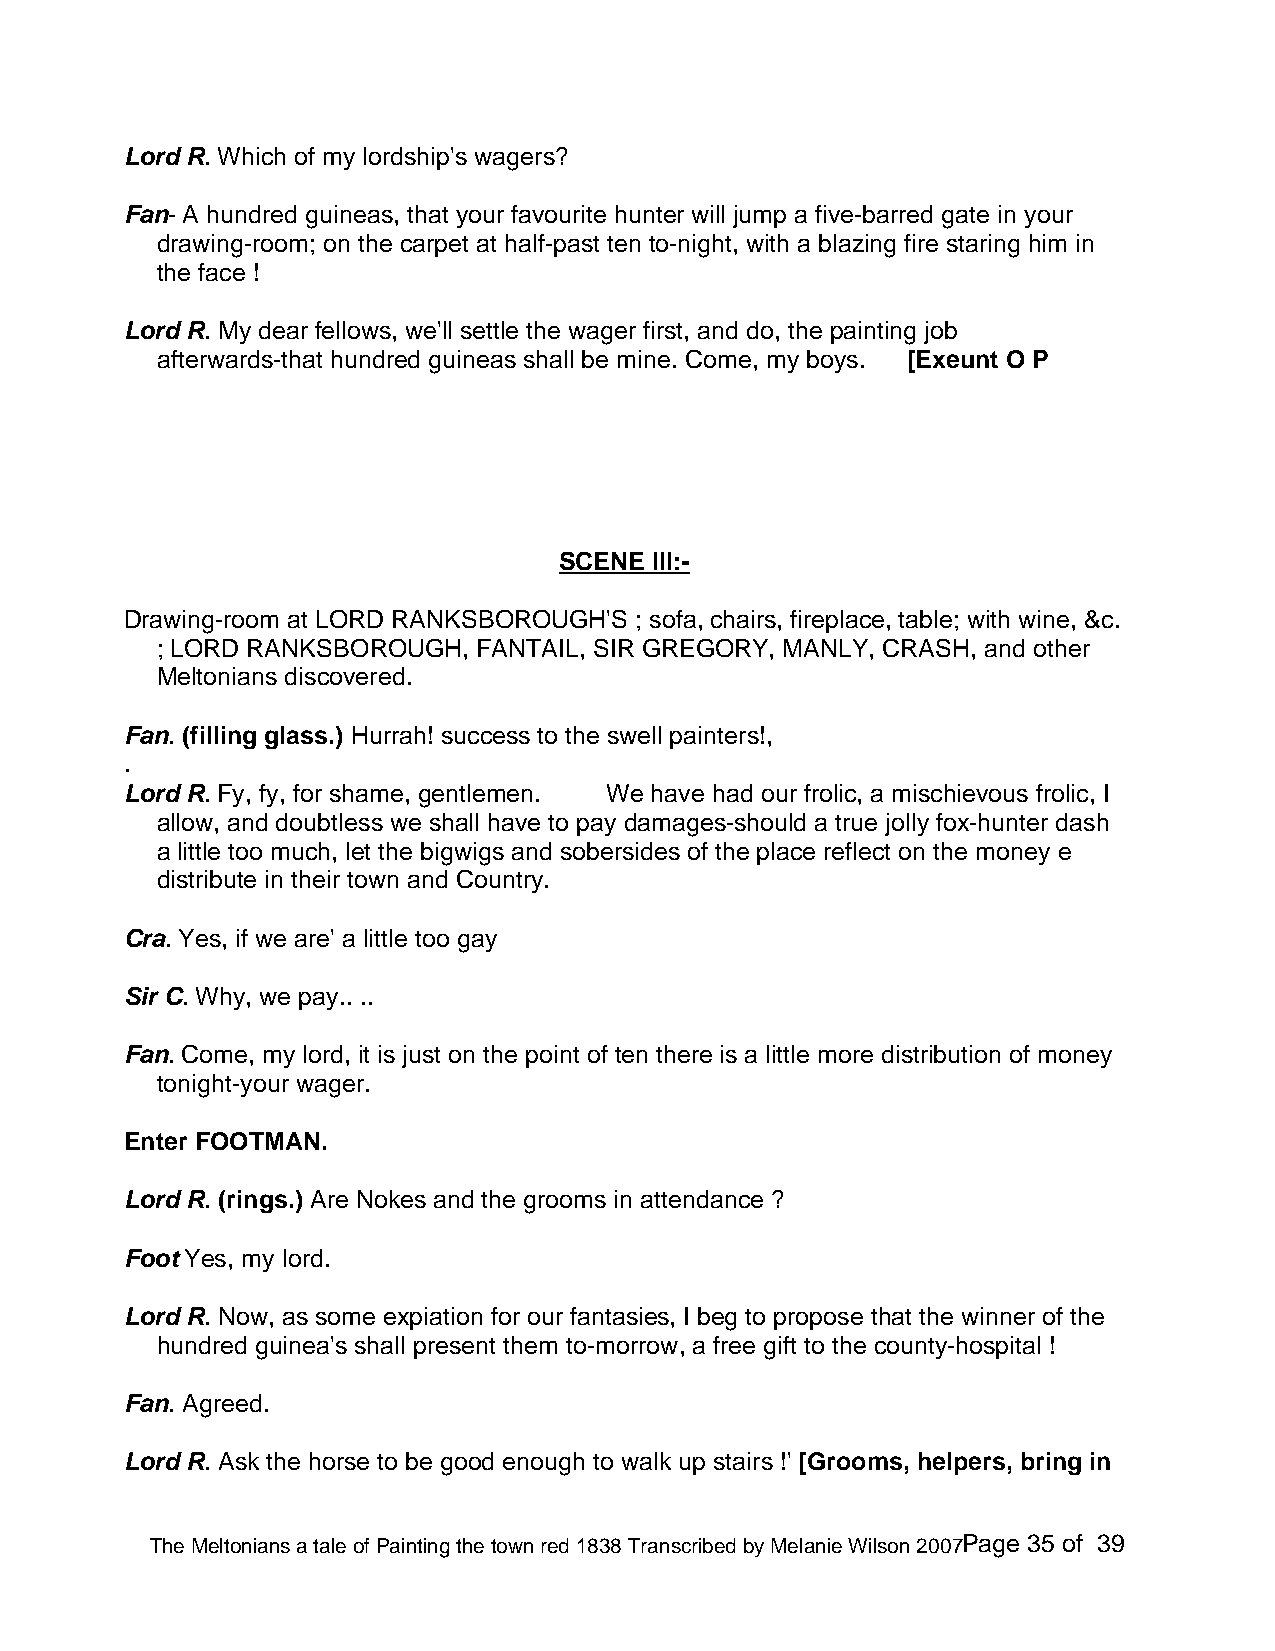
Lord R. Which of my lordship's wagers?
 Fan- A hundred guineas, that your favourite hunter will jump a five-barred gate in your
 drawing-room; on the carpet at half-past ten to-night, with a blazing fire staring him in
 the face !
 Lord R. My dear fellows, we'll settle the wager first, and do, the painting job
 afterwards-that hundred guineas shall be mine. Come, my boys. [Exeunt O P
 SCENE III:-
 Drawing-room at LORD RANKSBOROUGH'S ; sofa, chairs, fireplace, table; with wine, &c.
 ; LORD RANKSBOROUGH,  FANTAIL, SIR GREGORY, MANLY, CRASH, and other
 Meltonians discovered.
 Fan. (filling glass.) Hurrah! success to the swell painters!,
 .
 Lord R. Fy, fy, for shame, gentlemen. We have had our frolic, a mischievous frolic, I
 allow, and doubtless we shall have to pay damages-should a true jolly fox-hunter dash
 a little too much, let the bigwigs and sobersides of the place reflect on the money e
 distribute in their town and Country.
 Cra. Yes, if we are' a little too gay
 Sir C. Why, we pay.. ..
 Fan. Come, my lord, it is just on the point of ten there is a little more distribution of money
 tonight-your wager.
 Enter FOOTMAN.
 Lord R. (rings.) Are Nokes and the grooms in attendance ?
 Foot Yes, my lord.
 Lord R. Now, as some expiation for our fantasies, I beg to propose that the winner of the
 hundred guinea's shall present them to-morrow, a free gift to the county-hospital !
 Fan. Agreed.
 Lord R. Ask the horse to be good enough to walk up stairs !' [Grooms, helpers, bring in
 The Meltonians a tale of Painting the town red 1838 Transcribed by Melanie Wilson 2007Page 35 of 39